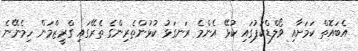
އެބައޮތް ކަމަށާއި ވޯލްޑްކަޕުގައި ކުޅޭ އެންމެ ރަނގަޅު ކުޅުންތެރިންގެ ތެރޭގައި ގްރީޒްމަން ހިމެނޭނެ